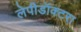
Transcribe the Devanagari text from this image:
लेपीडॉक्टरा